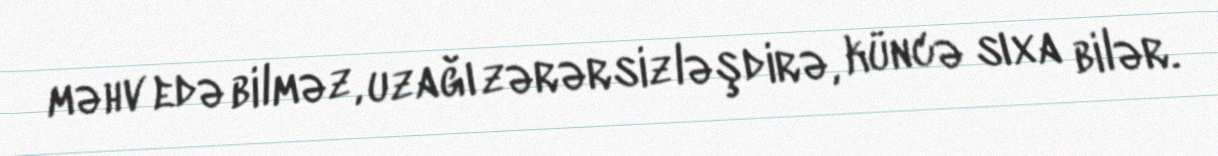
məhv edə bilməz, uzağı zərərsizləşdirə, küncə sıxa bilər.